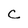
Character: C